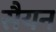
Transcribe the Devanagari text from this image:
सैयन